Annual report of the Imperial Bacteriological Laboratory, Muktesar
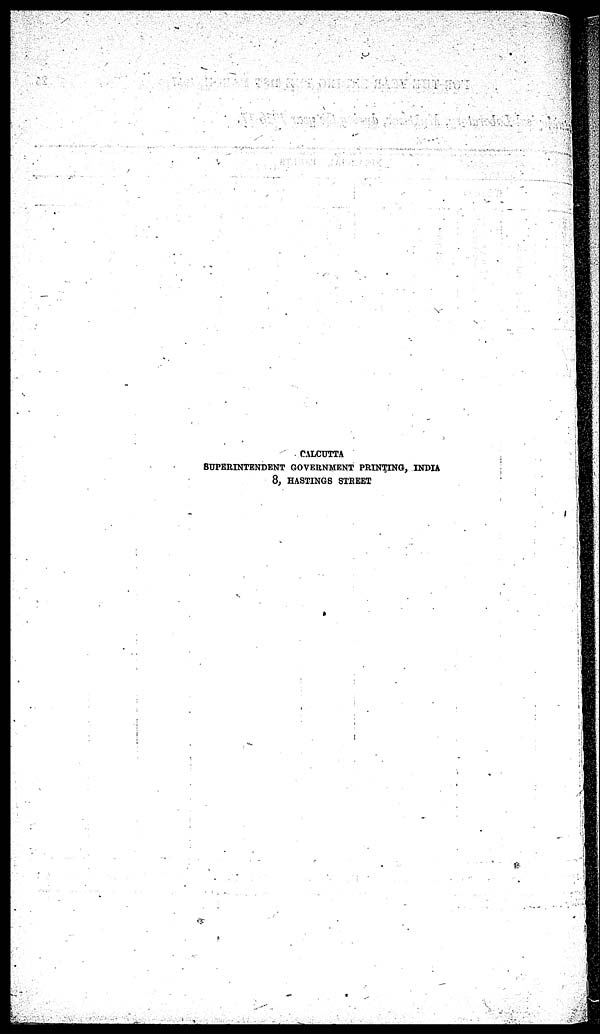
CALCUTTA
SUPERINTENDENT GOVERNMENT PRINTING, INDIA
8, HASTINGS STREET